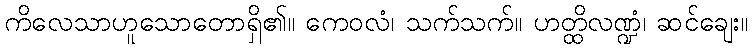
ကိလေသာဟူသောတောရှိ၏။ ကေဝလံ၊ သက်သက်။ ဟတ္ထိလဏ္ဍံ၊ ဆင်ချေး။